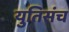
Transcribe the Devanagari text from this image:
युतिसंच